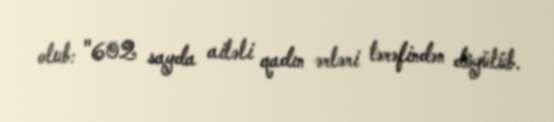
olub: "602 sayda ailəli qadın ərləri tərəfindən döyülüb.